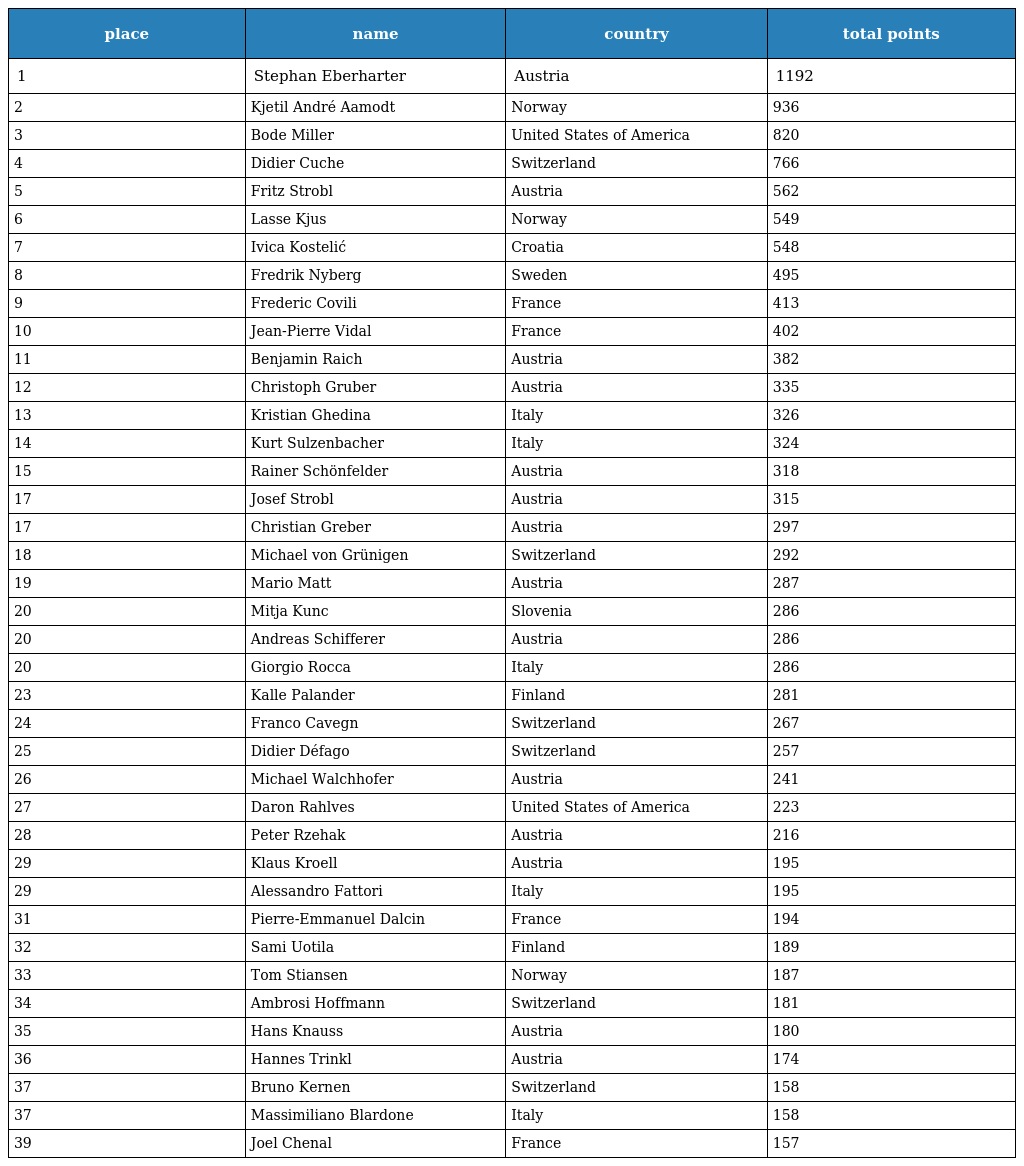
| place | name | country | total points |
 | --- | --- | --- | --- |
 | 1 | Stephan Eberharter | Austria | 1192 |
 | 2 | Kjetil André Aamodt | Norway | 936 |
 | 3 | Bode Miller | United States of America | 820 |
 | 4 | Didier Cuche | Switzerland | 766 |
 | 5 | Fritz Strobl | Austria | 562 |
 | 6 | Lasse Kjus | Norway | 549 |
 | 7 | Ivica Kostelić | Croatia | 548 |
 | 8 | Fredrik Nyberg | Sweden | 495 |
 | 9 | Frederic Covili | France | 413 |
 | 10 | Jean-Pierre Vidal | France | 402 |
 | 11 | Benjamin Raich | Austria | 382 |
 | 12 | Christoph Gruber | Austria | 335 |
 | 13 | Kristian Ghedina | Italy | 326 |
 | 14 | Kurt Sulzenbacher | Italy | 324 |
 | 15 | Rainer Schönfelder | Austria | 318 |
 | 17 | Josef Strobl | Austria | 315 |
 | 17 | Christian Greber | Austria | 297 |
 | 18 | Michael von Grünigen | Switzerland | 292 |
 | 19 | Mario Matt | Austria | 287 |
 | 20 | Mitja Kunc | Slovenia | 286 |
 | 20 | Andreas Schifferer | Austria | 286 |
 | 20 | Giorgio Rocca | Italy | 286 |
 | 23 | Kalle Palander | Finland | 281 |
 | 24 | Franco Cavegn | Switzerland | 267 |
 | 25 | Didier Défago | Switzerland | 257 |
 | 26 | Michael Walchhofer | Austria | 241 |
 | 27 | Daron Rahlves | United States of America | 223 |
 | 28 | Peter Rzehak | Austria | 216 |
 | 29 | Klaus Kroell | Austria | 195 |
 | 29 | Alessandro Fattori | Italy | 195 |
 | 31 | Pierre-Emmanuel Dalcin | France | 194 |
 | 32 | Sami Uotila | Finland | 189 |
 | 33 | Tom Stiansen | Norway | 187 |
 | 34 | Ambrosi Hoffmann | Switzerland | 181 |
 | 35 | Hans Knauss | Austria | 180 |
 | 36 | Hannes Trinkl | Austria | 174 |
 | 37 | Bruno Kernen | Switzerland | 158 |
 | 37 | Massimiliano Blardone | Italy | 158 |
 | 39 | Joel Chenal | France | 157 |